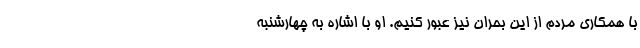
با همکاری مردم از این بحران نیز عبور کنیم. او با اشاره به چهارشنبه